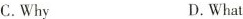
C. Why D. What